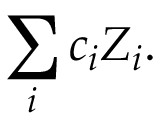
\sum _ { i } c _ { i } Z _ { i } .